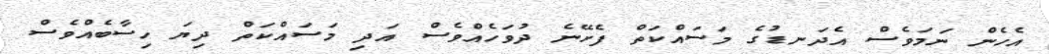
އެހެން ނަމަވެސް އެދަނޑުގެ މަސައްކަތް ފެށޭނެ ދުވަހެއްވެސް އަދި މަސައްކަތް ދިޔަ ހިސާބެއްވެސް